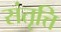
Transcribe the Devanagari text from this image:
संतृत्ति